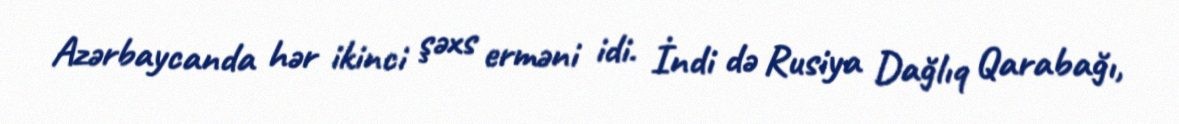
Azərbaycanda hər ikinci şəxs erməni idi. İndi də Rusiya Dağlıq Qarabağı,